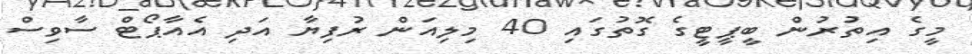
މީގެ އިތުރުން ބީޕީޓީގެ ގޮތުގައި 40 މިލިއަން ރުފިޔާ އަދި އެއާޕޯޓް ސާވިސް